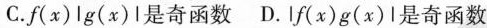
C.f\begin{pmatrix} x \end{pmatrix} \begin{vmatrix} g\begin{pmatrix} x\end{pmatrix} \end{vmatrix} 是奇函数 D.\begin{vmatrix} f\begin{pmatrix} x \end{pmatrix} g\begin{pmatrix} x \end{pmatrix} \end{vmatrix} 是奇函数